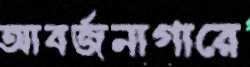
আবর্জনাগারে